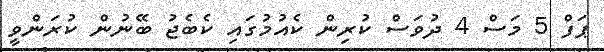
ޕަފް 5 މަސް 4 ދުވަސް ކުރިން ކެއުމުގައި ކެބެޖު ބޭނުން ކުރަންވީ